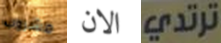
مشروب الان ترتدي